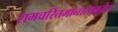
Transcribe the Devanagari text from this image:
रामचरितमानासामुळेच